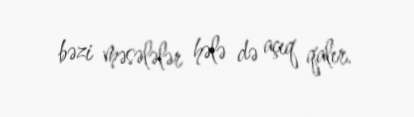
bəzi məsələlər hələ də açıq qalır.